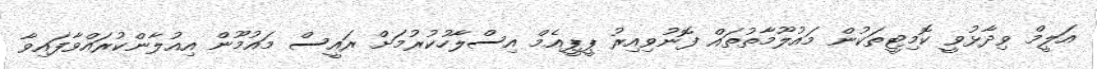
އަލީމް ވިދާޅުވީ ކޮމިޓީތަކުން މައުލޫމާތުތައް ފޮނުވިއިރު ޕީޕީއެމް އިސްލާހުކުރުމަށް ރައީސް މައުމޫން އިއުލާންކުރަައްވާފައިވާ